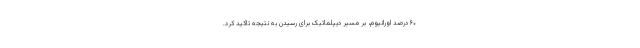
۶۰ درصد اورانیوم، بر مسیر دیپلماتیک برای رسیدن به نتیجه تاکید کرد.